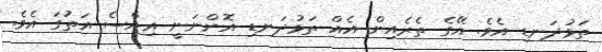
ތަޅުދަނޑި އެވެ. އޭގެ ތެރެއިން އެއް ތަޅުދަނޑި އޮންނަނީ އިއްސެ އަތުގަ އެވެ.